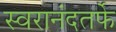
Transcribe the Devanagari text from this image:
स्वरानंदतर्फे